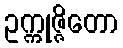
ဥက္ကုဇ္ဇိတော